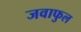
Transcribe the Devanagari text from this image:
जवाफुल